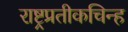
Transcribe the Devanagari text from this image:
राष्ट्रप्रतीकचिन्ह